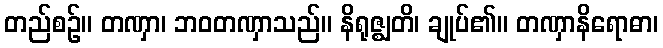
တည်စဉ်။ တဏှာ၊ ဘဝတဏှာသည်။ နိရုဇ္ဈတိ၊ ချုပ်၏။ တဏှာနိရောဓာ၊